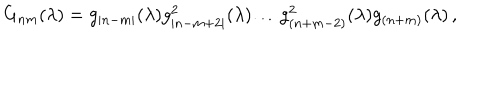
G _ { n m } ( \lambda ) = g _ { | n - m | } ( \lambda ) g _ { | n - m + 2 | } ^ { 2 } ( \lambda ) \ldots g _ { ( n + m - 2 ) } ^ { 2 } ( \lambda ) g _ { ( n + m ) } ( \lambda ) \, ,